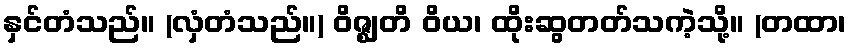
နှင်တံသည်။ (လှံတံသည်။) ဝိဇ္ဈတိ ဝိယ၊ ထိုးဆွတတ်သကဲ့သို့။ (တထာ၊